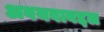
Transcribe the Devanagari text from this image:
अवयवाबद्दल